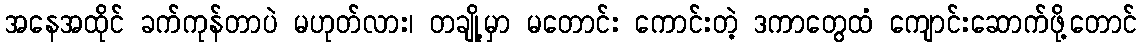
အနေအထိုင် ခက်ကုန်တာပဲ မဟုတ်လား၊ တချို့မှာ မတောင်း ကောင်းတဲ့ ဒကာတွေထံ ကျောင်းဆောက်ဖို့တောင်